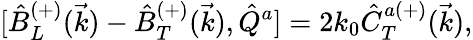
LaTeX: {[}\hat{B}_{L}^{(+)}(\vec{k})-\hat{B}_{T}^{(+)}(\vec{k}),\hat{Q}^{a}]=2k_{0}\hat{C}_{T}^{a(+)}(\vec{k}),